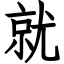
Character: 就